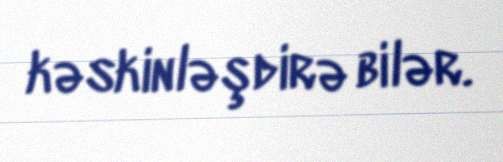
kəskinləşdirə bilər.